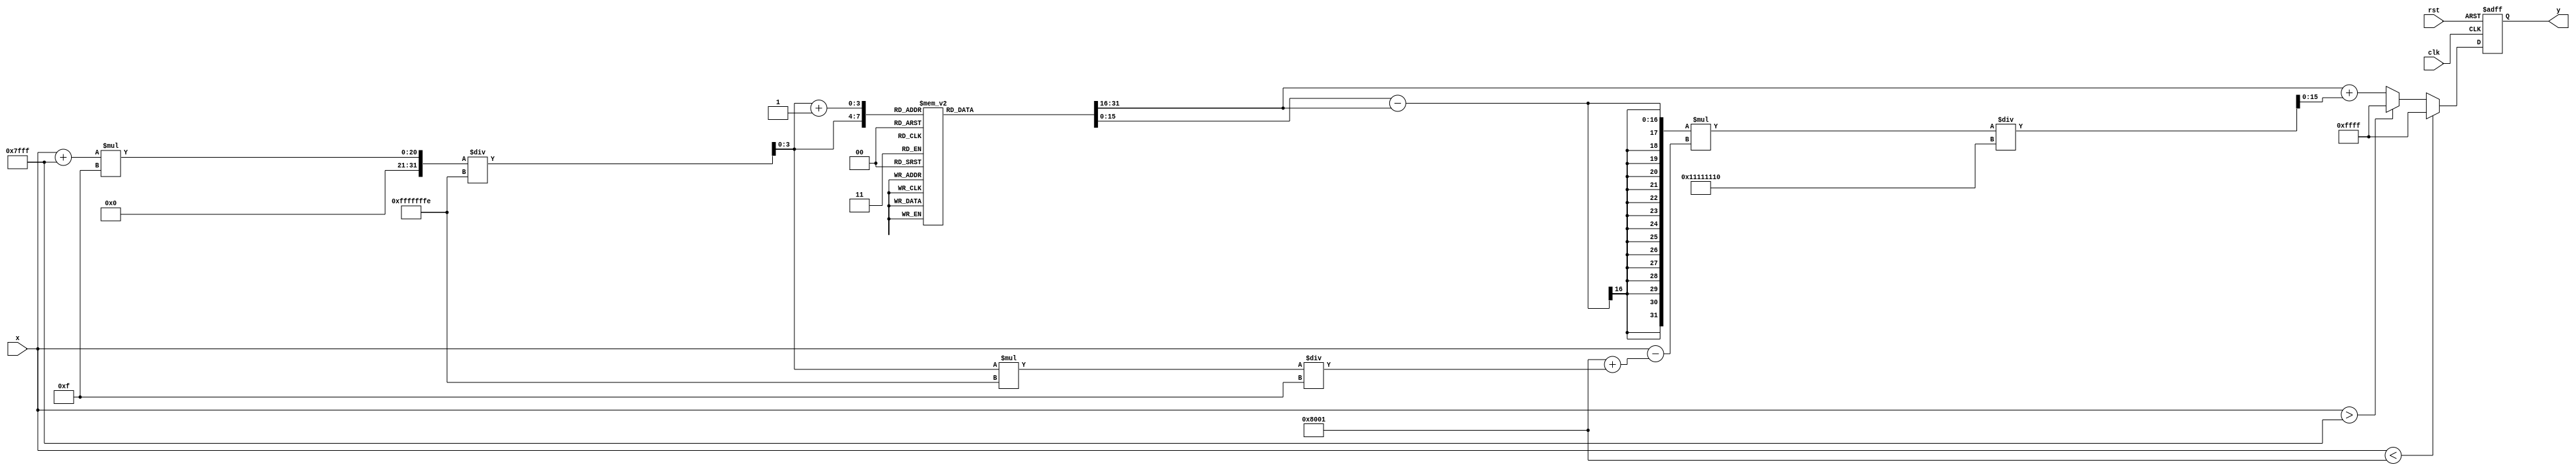
module asin_block (
    input         clk,         // Clock signal
    input         rst,         // Reset
    input  [15:0] x,           // Input Signal (fixed-point representation of sine value with range [-1, 1])
    output reg [15:0] y         // Output Signal (fixed-point representation of angle in radians)
);

    // Parameters
    localparam LUT_SIZE = 16; // Size of the lookup table
    localparam MAX_VALUE = 16'h7FFF; // Largest positive value for 16-bit signed fixed point
    localparam MIN_VALUE = -MAX_VALUE; // Largest negative value for 16-bit signed fixed point

    // Lookup table for arcsine values (for input range [-1, 1] mapped to [-/2, /2])
    reg [15:0] asin_lut [0:LUT_SIZE-1];
    
    // Index variables
    reg [3:0] idx; // LUT index
    reg [3:0] idx_next; // Next LUT index for interpolation
    reg [15:0] y1, y2; // LUT output points for interpolation

    // Initialize the LUT with pre-calculated arcsine values
    initial begin
        // Populate the LUT with fixed-point values (in this case, we provide some examples).
        // These should be replaced with actual values computed for your application.
        // For example, asin(0) = 0, asin(0.5) = /6, asin(1) = /2 etc.
        asin_lut[0] = 16'h0000;  // asin(0) = 0
        asin_lut[1] = 16'h1C71;  // asin(0.25)  0.2527
        asin_lut[2] = 16'h3D2E;  // asin(0.5)  0.5236
        asin_lut[3] = 16'h5B47;  // asin(0.7071)  0.7854
        asin_lut[4] = 16'h7FFF;  // asin(1) = /2
        // Continue filling in the rest of the LUT
    end

    always @(posedge clk or posedge rst) begin
        if (rst) begin
            y <= 16'h0000; // Reset output to 0
        end else begin
            // Clamping the input to the range [-1, 1]
            if (x < MIN_VALUE) begin
                y <= 16'hFFFF;  // Error code for underflow
            end else if (x > MAX_VALUE) begin
                y <= 16'hFFFF;  // Error code for overflow
            end else begin
                // Map input value x to LUT index
                idx = (x + MAX_VALUE) * (LUT_SIZE - 1) / (MAX_VALUE - MIN_VALUE);
                idx_next = idx + 1;

                // Perform linear interpolation between y1 and y2
                y1 = asin_lut[idx];
                y2 = asin_lut[idx_next];

                // Linear interpolation formula
                y <= y1 + ((y2 - y1) * (x - (MIN_VALUE + idx * (MAX_VALUE - MIN_VALUE) / (LUT_SIZE - 1))) /
                             ((MAX_VALUE - MIN_VALUE) / (LUT_SIZE - 1)));
            end
        end
    end
endmodule